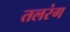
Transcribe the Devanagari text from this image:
तलरंग